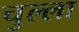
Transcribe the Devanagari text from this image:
चुल्ला